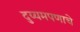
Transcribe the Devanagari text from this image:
दुय्यमपणाचे